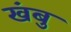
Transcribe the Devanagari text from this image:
खंबु